65_HS1-834228961_62-HQ-83894_Section_10
Agency: FBI
Page 94
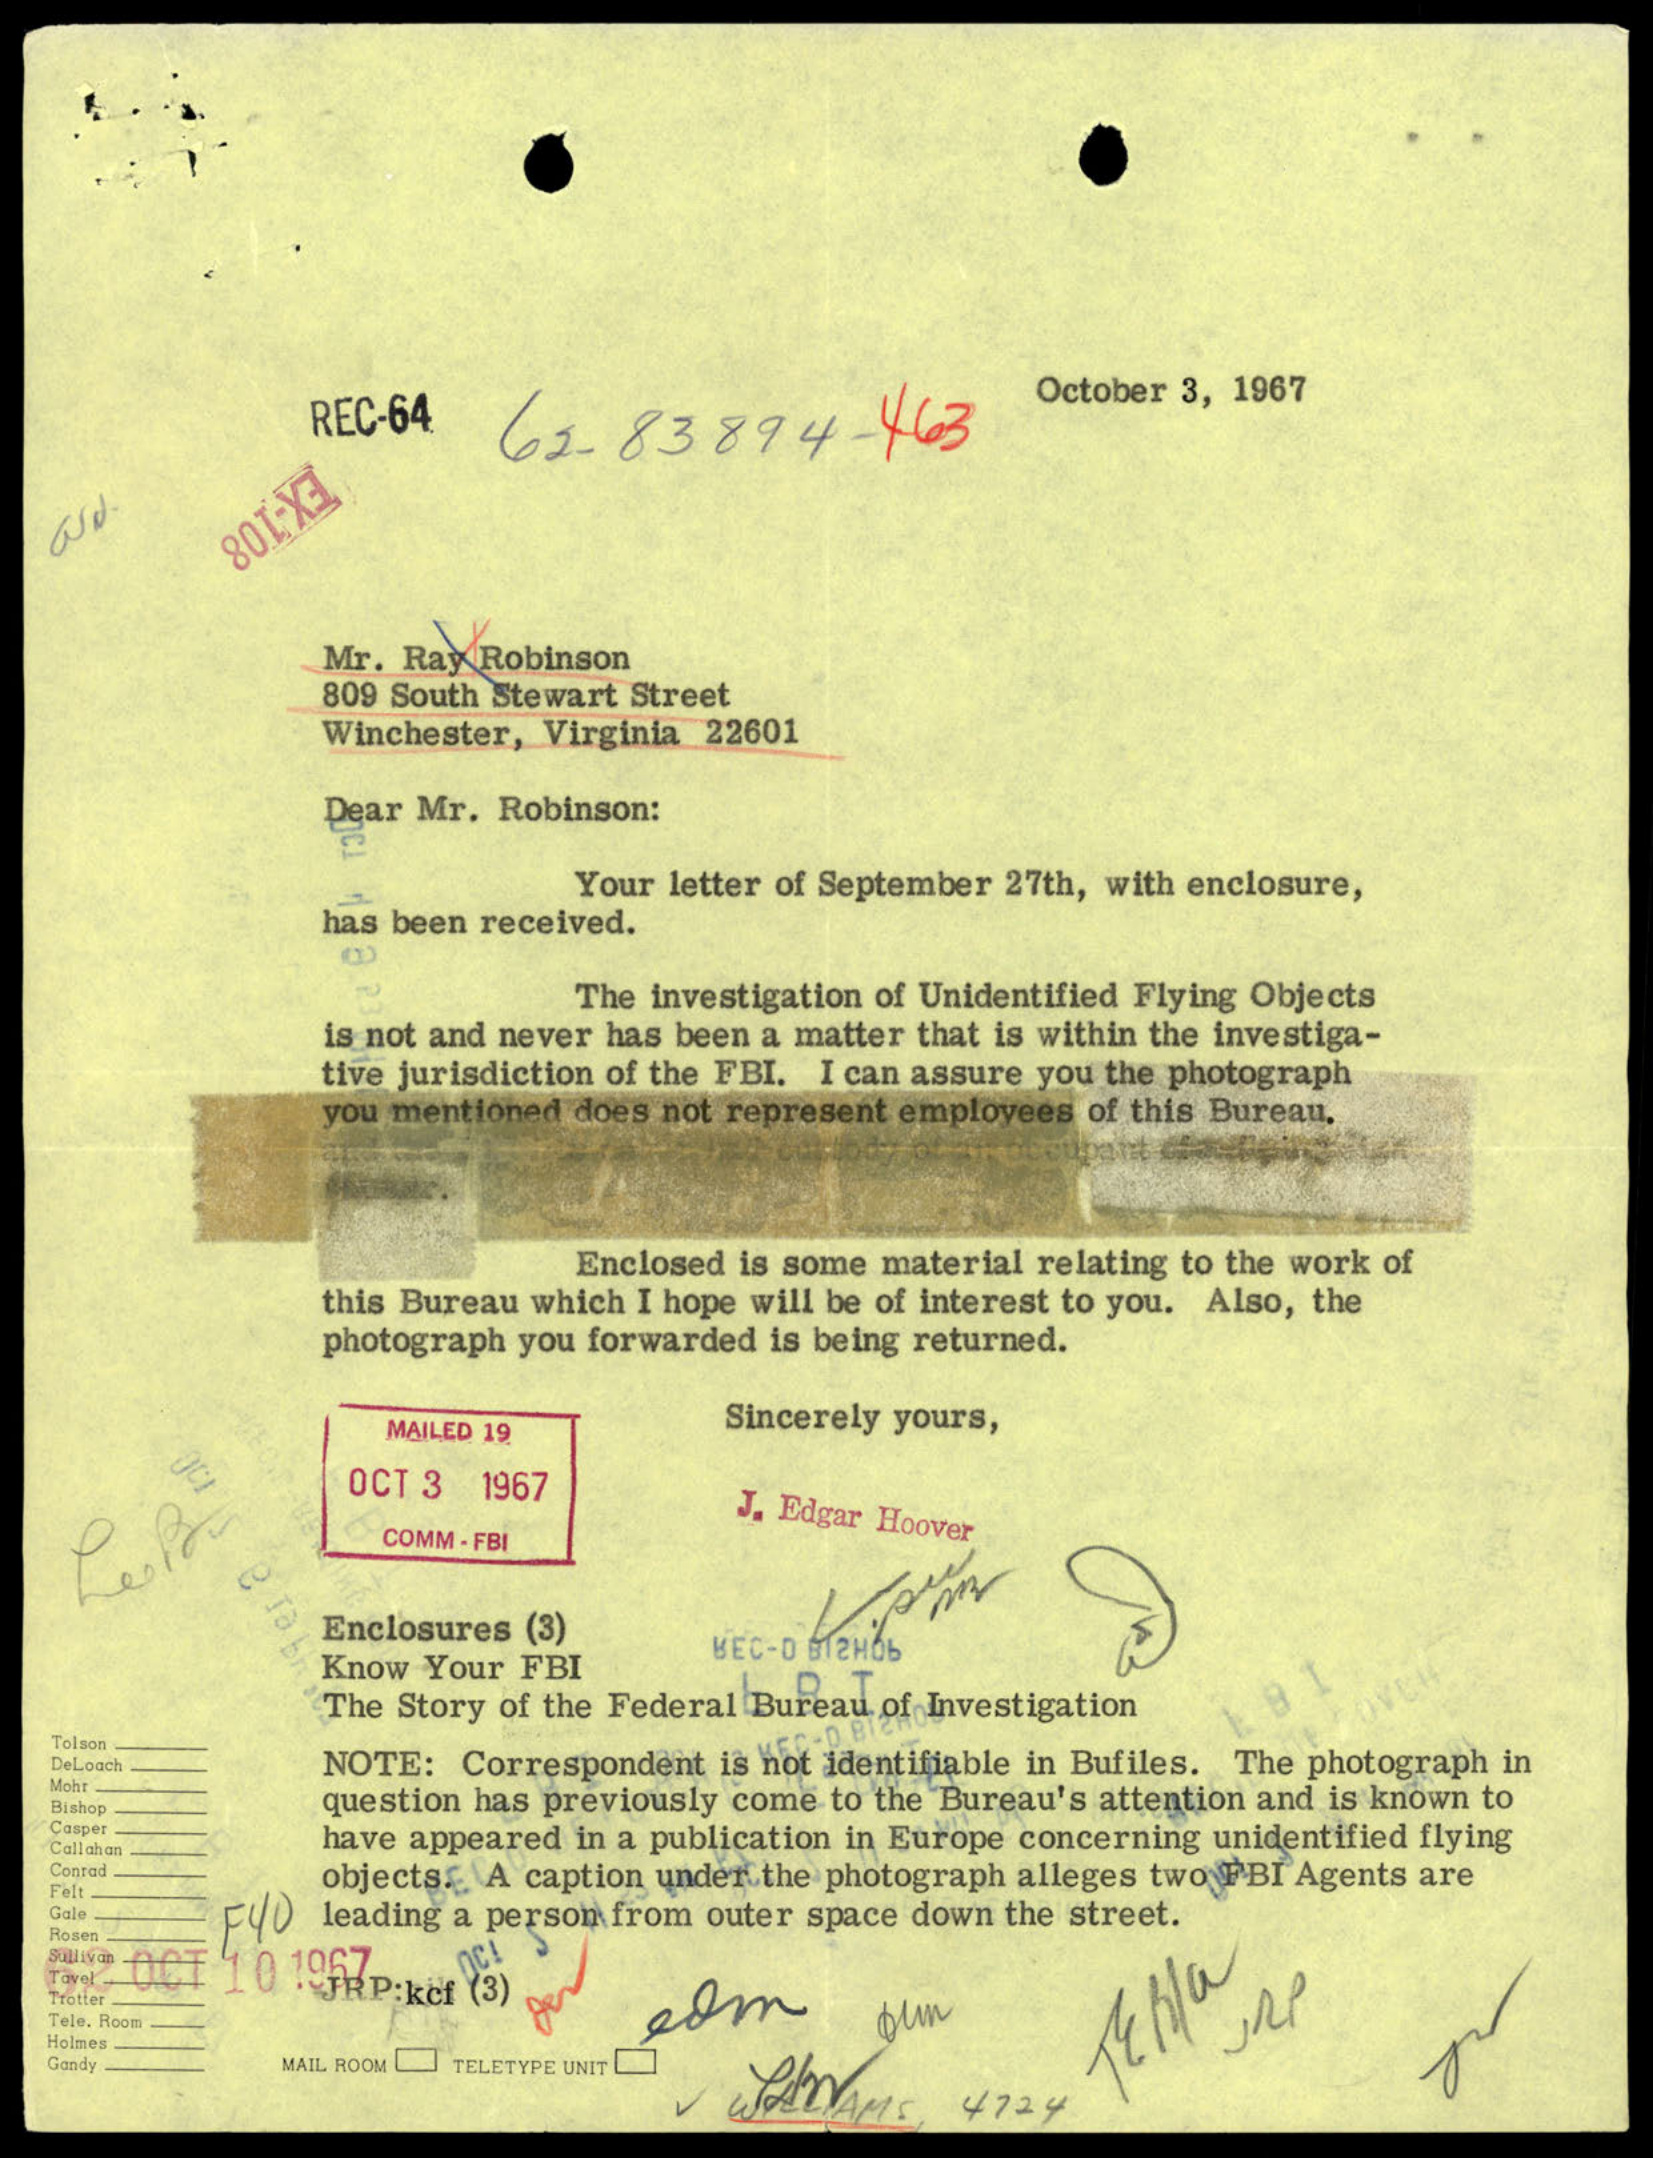